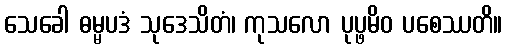
သေခေါ ဓမ္မပဒံ သုဒေသိတံ၊ ကုသလော ပုပ္ဖမိဝ ပစေဿတိ။